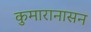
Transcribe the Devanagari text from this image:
कुमारानासन